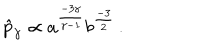
\hat { p } _ { \gamma } \propto a ^ { \frac { - 3 \gamma } { \gamma - 1 } } b ^ { \frac { - 3 } { 2 } } \, .